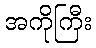
အကိုကြီး